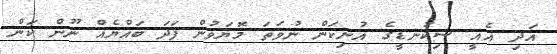
އަދި އެއީ ސިކުނޑީގެ އުނިކަން ނުވަތަ މޮޔަވުން ފަދަ ބައްޔެއް ނޫން ކަން